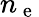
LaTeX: n_{\mathrm{~e~}}